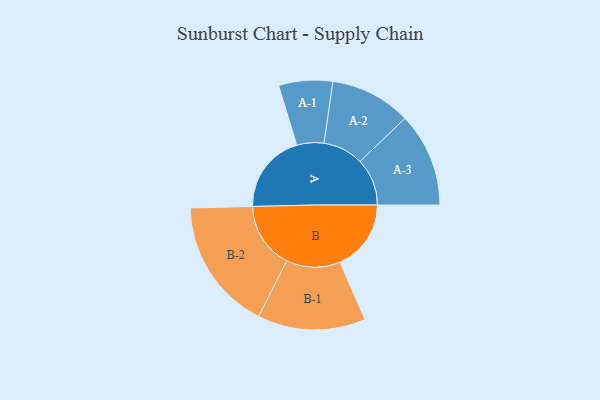
{"axis": {"x": "Segment", "y": "Value"}, "legend": ["", "A", "B"], "data": [{"x": "A", "y": 325, "type": ""}, {"x": "B", "y": 290, "type": ""}, {"x": "A-1", "y": 110, "type": "A"}, {"x": "A-2", "y": 165, "type": "A"}, {"x": "A-3", "y": 192, "type": "A"}, {"x": "B-1", "y": 220, "type": "B"}, {"x": "B-2", "y": 270, "type": "B"}]}